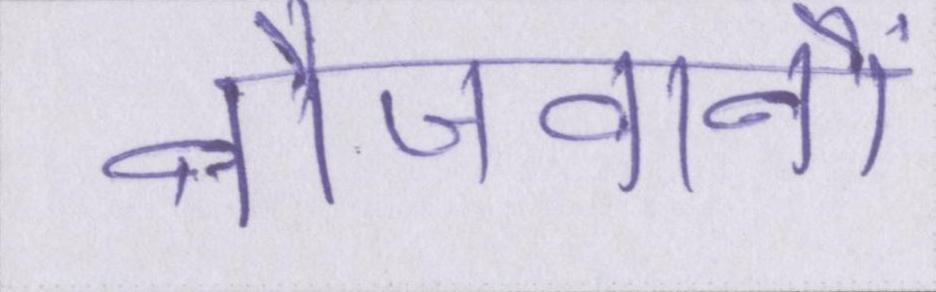
नौजवानों